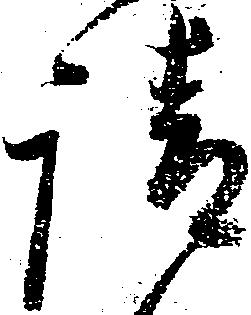
請